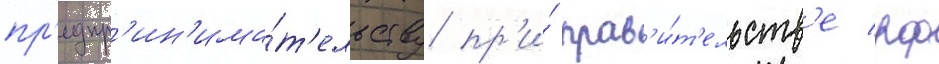
пр'едпр'ин'има́т'ельству пр'и́ прав'и́т'ельств'е рф